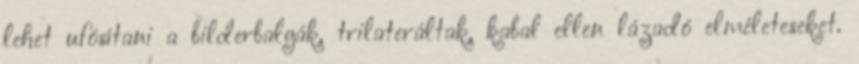
lehet ufósítani a bilderbalgák, trilateráltak, kabal ellen lázadó elméleteseket.